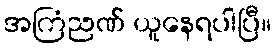
အကြံညဏ် ယူနေရပါပြီ။